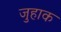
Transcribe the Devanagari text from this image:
जुहाक